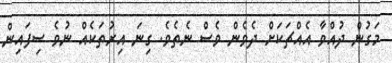
މަގުން ދުއްވާ އެއްޗަކަށް ދެވެން ވެސް ނެތެވެ. ގިނަ އިރުތަކެއް ނުވެ ސިފައިން